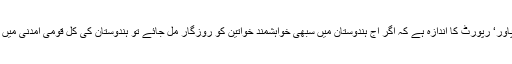
بین الاقوامی لیبر آرگنائزیشن اور ’شرنکنگ پاور‘ رپورٹ کا اندازہ ہے کہ اگر آج ہندوستان میں سبھی خواہشمند خواتین کو روزگار مل جائے تو ہندوستان کی کل قومی آمدنی میں آرام سے 27 فیصد تک کا اضافہ ممکن ہے۔